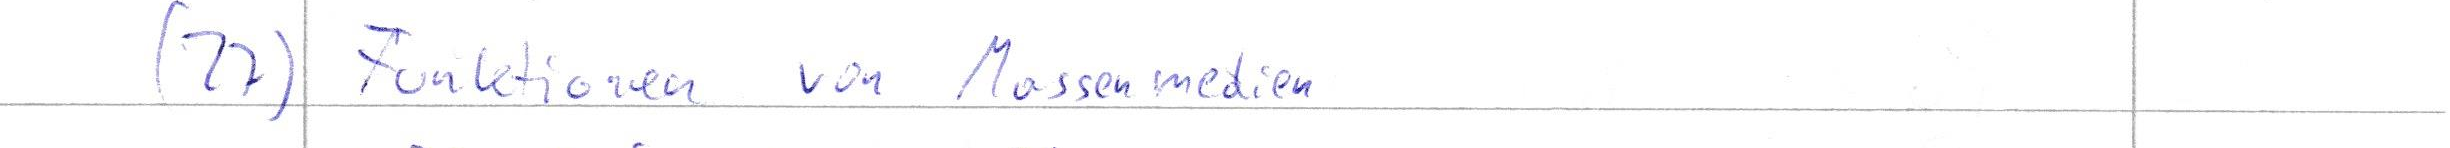
(22) Funktionen von Massenmedien